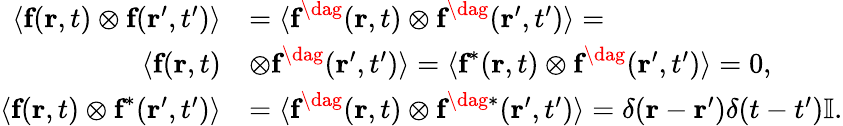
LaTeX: \begin{array}{rl}{\langle\textbf{f}\! \left(\textbf{r},t\right)\otimes\textbf{f}\! \left(\textbf{r}^{\prime},t^{\prime}\right)\rangle}&{=\langle\textbf{f}^{\dag}\! \left(\textbf{r},t\right)\otimes\textbf{f}^{\dag}\! \left(\textbf{r}^{\prime},t^{\prime}\right)\rangle=}\\ {\langle\textbf{f}\! \left(\textbf{r},t\right)}&{\otimes\textbf{f}^{\dag}\! \left(\textbf{r}^{\prime},t^{\prime}\right)\rangle=\langle\textbf{f}^{*}\! \left(\textbf{r},t\right)\otimes\textbf{f}^{\dag}\! \left(\textbf{r}^{\prime},t^{\prime}\right)\rangle=0,}\\ {\langle\textbf{f}\! \left(\textbf{r},t\right)\otimes\textbf{f}^{*}\! \left(\textbf{r}^{\prime},t^{\prime}\right)\rangle}&{=\langle\textbf{f}^{\dag}\! \left(\textbf{r},t\right)\otimes\textbf{f}^{\dag*}\! \left(\textbf{r}^{\prime},t^{\prime}\right)\rangle=\delta\! \left(\textbf{r}-\textbf{r}^{\prime}\right)\delta\! \left(t-t^{\prime}\right)\mathbb{I}.}\end{array}